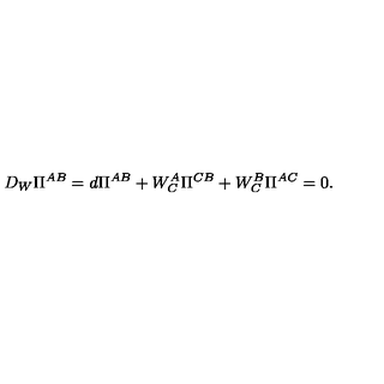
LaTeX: D _ { W } \Pi ^ { A B } = d \Pi ^ { A B } + W _ { C } ^ { A } \Pi ^ { C B } + W _ { C } ^ { B } \Pi ^ { A C } = 0 .